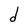
Character: d